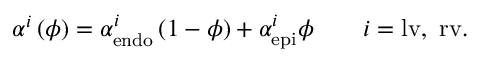
\alpha ^ { i } \left( \phi \right) = \alpha _ { \mathrm { { e n d o } } } ^ { i } \left( 1 - \phi \right) + \alpha _ { \mathrm { { e p i } } } ^ { i } \phi \qquad i = \mathrm { { l v } , \ \mathrm { { r v } . } }